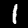
Label: 1